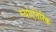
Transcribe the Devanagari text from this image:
म्योएंतेरिक